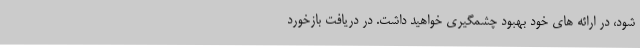
شود، در ارائه های خود بهبود چشمگیری خواهید داشت. در دریافت بازخورد